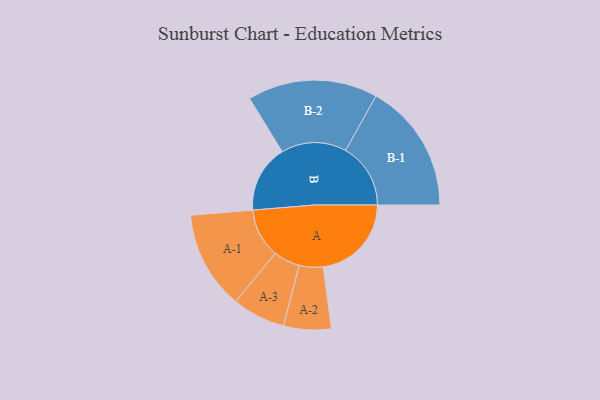
{"axis": {"x": "Segment", "y": "Value"}, "legend": ["", "A", "B"], "data": [{"x": "A", "y": 393, "type": ""}, {"x": "B", "y": 301, "type": ""}, {"x": "A-1", "y": 219, "type": "A"}, {"x": "A-2", "y": 106, "type": "A"}, {"x": "A-3", "y": 118, "type": "A"}, {"x": "B-1", "y": 290, "type": "B"}, {"x": "B-2", "y": 290, "type": "B"}]}